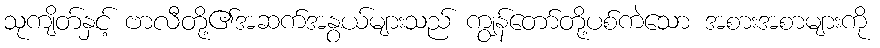
သုကျိတ်နှင့် ဗာလီတို့၏အဆက်အနွယ်များသည် ကျွန်တော်တို့ပစ်ကဲသော အစားအစာများကို